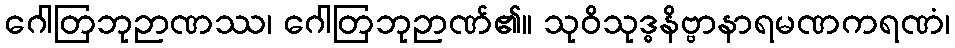
ဂေါတြဘုဉာဏဿ၊ ဂေါတြဘုဉာဏ်၏။ သုဝိသုဒ္ဓနိဗ္ဗာနာရမဏကရဏံ၊